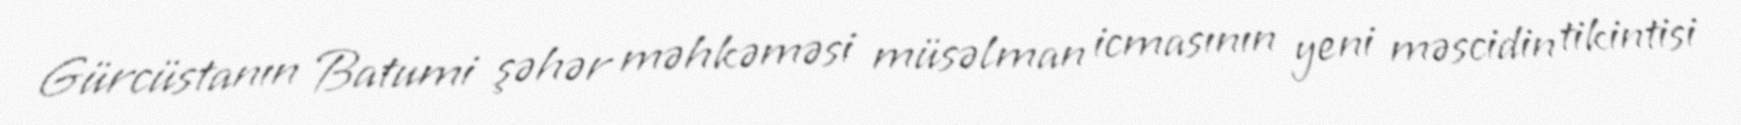
Gürcüstanın Batumi şəhər məhkəməsi müsəlman icmasının yeni məscidin tikintisi